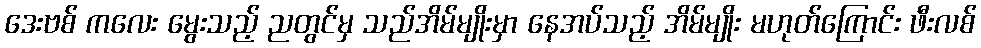
ဒေးဗစ် ကလေး မွေးသည့် ညတွင်မှ သည်အိမ်မျိုးမှာ နေအပ်သည့် အိမ်မျိုး မဟုတ်ကြောင်း ဖီးလစ်